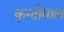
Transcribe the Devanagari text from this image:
कुन्दोमाल